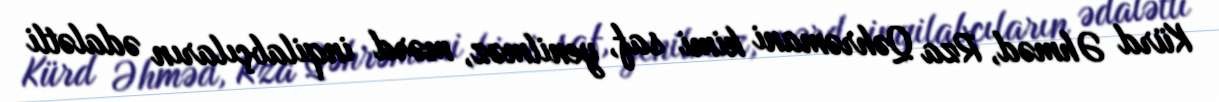
Kürd Əhməd, Rza Qəhrəmani kimi saf, yenilməz, mərd inqilabçıların ədalətli